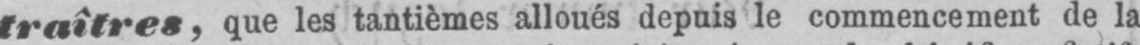
traîtres,que les tantièmes alloués depuis le commencement de la